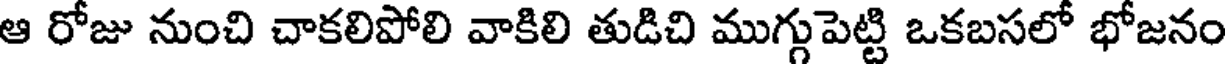
ఆ రోజు నుంచి చాకలిపోలి వాకిలి తుడిచి ముగ్గుపెట్టి ఒకబసలో భోజనం